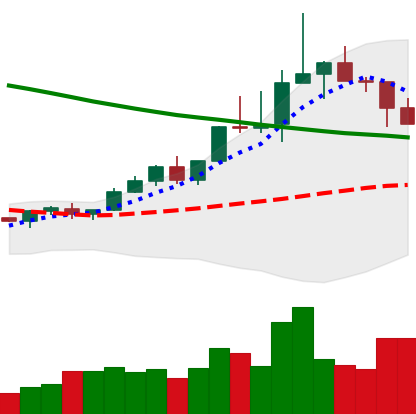
Ticker: TRX-USD
Chart end date: 2022-04-05
Forward return: -9.927%
Label: down_7plus